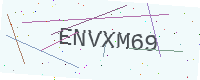
Text: ENVXM69